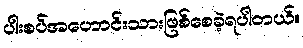
ပါးစပ်အဟောင်းသားဖြစ်စေခဲ့ရပါတယ်။